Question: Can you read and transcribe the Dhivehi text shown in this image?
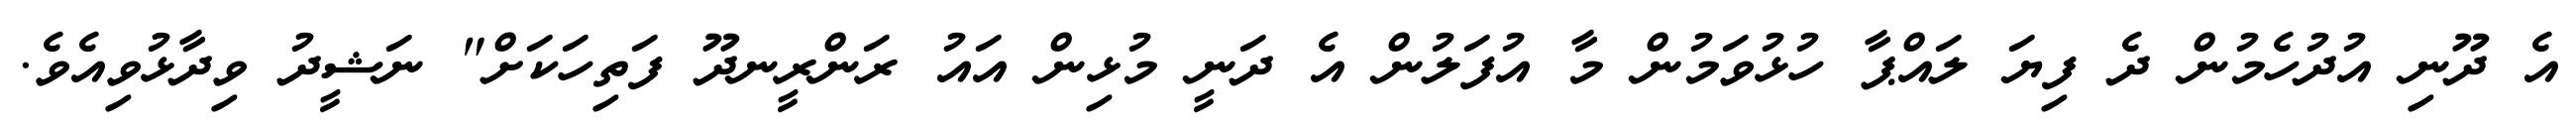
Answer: އެ ދޫނި އުދުހެމުން ދެ ފިޔަ ލައްޕާ ހުޅުވަމުން މާ އުފަލުން އެ ދަނީ މުޅިން އައު ރަންރީނދޫ ފަތިހަކަށް" ނަޝީދު ވިދާޅުވިއެވެ.